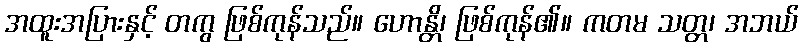
အထူးအပြားနှင့် တကွ ဖြစ်ကုန်သည်။ ဟောန္တိ၊ ဖြစ်ကုန်၏။ ကတမ သတ္တ၊ အဘယ်